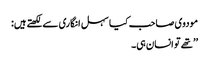
مودوی صاحب کیا سہل انگاری سےلکھتےہیں:
’’تھے تو انسان ہی۔